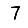
Digit: 7